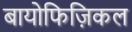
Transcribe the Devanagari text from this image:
बायोफिज़िकल